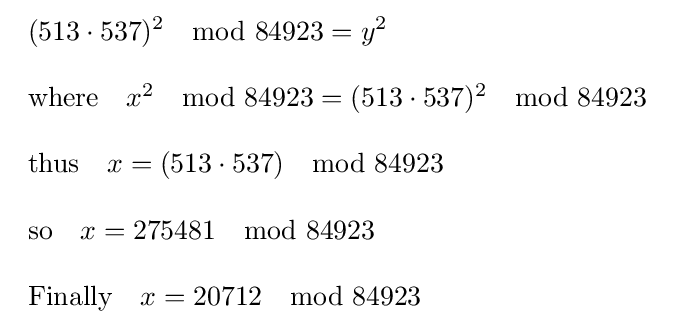
{\begin{array}{ll}(513\cdot 537)^{2}\mod 84923=y^{2}\\\\{\text{where}}\quad x^{2}\mod 84923=(513\cdot 537)^{2}\mod 84923\\\\{\text{thus}}\quad x=(513\cdot 537)\mod 84923\\\\{\text{so}}\quad x=275481\mod 84923\\\\{\text{Finally}}\quad x=20712\mod 84923\\\end{array}}